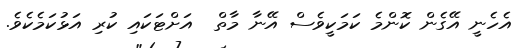
އެހެނީ އޭގެން ކޮންމެ ކަމަކީވެސް އޭނާ މާތް  އަށްޓަކައި ކުރި އަޅުކަމެކެވެ.